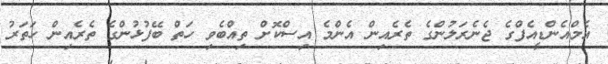
އެމްއެންޑީއެފްގެ ޖެނެރަލުންގެ ތެރެއިން އެންމެ އިސްކޮށް ތިއްބެވި ހަތް ބޭފުޅުންގެ ތެރެއިން ހަތަރު